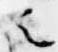
之